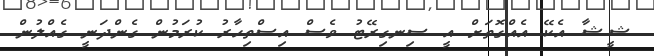
ޝީޝާ އެކޭ އެއްގޮތަށް އީ ސިނގިރޭޓު ވެސް އިސްތިހާރު ކުރަމުން ގެންދަނީ ގެއްލުން